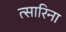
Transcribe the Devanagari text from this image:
त्सारिना